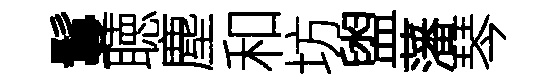
鬘聴塵和坊盥藩琴